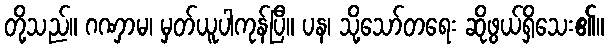
တို့သည်။ ဂဏှာမ၊ မှတ်ယူပါကုန်ပြီ။ ပန၊ သို့သော်တရေး ဆိုဖွယ်ရှိသေး၏။